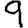
Digit: 9